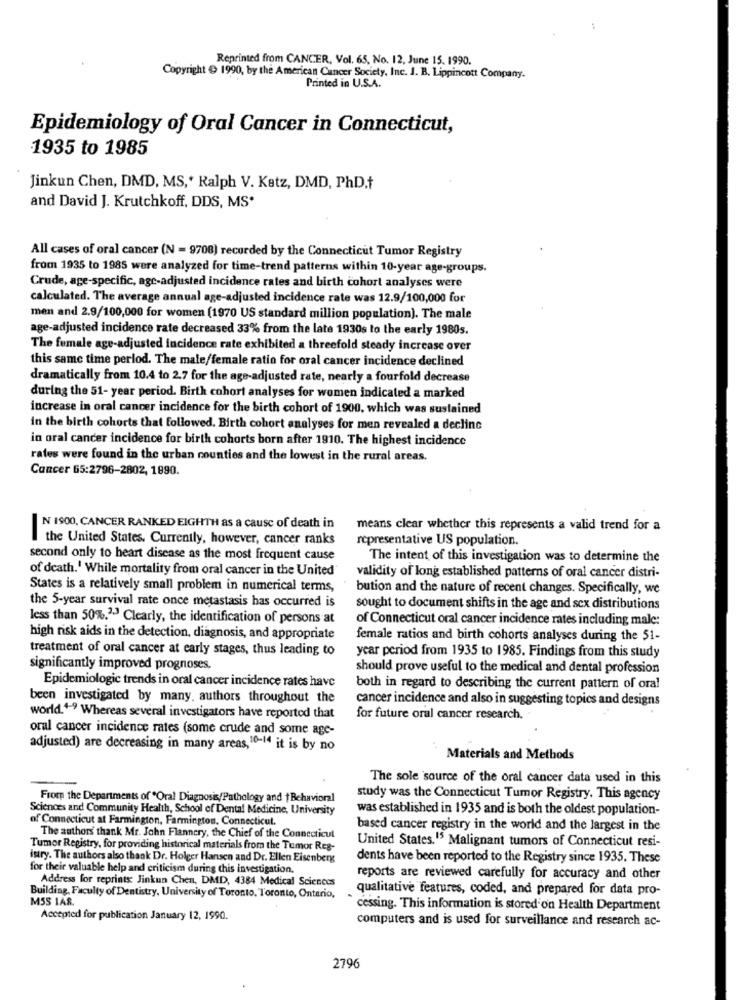
:
Reprinted from CANCER, Vol. 65. No. 12, June 15. 1990.
Copyright € 1990, by the American Cancer Society, Inc. J. B. Lippincott Company.
Printed in U.S.A.
Epidemiology of Oral Cancer in Connecticut,
1935 to 1985
Jinkun Chen, DMD, MS,' Ralph V. Katz, DMD, PhD.t
and David J. Krutchkoff, DDS, MS*
All cases of oral cancer (N = 9708) recorded by the Connecticut Tumor Registry
from 1935 to 1985 were analyzed for time-trend patterns within 10-year age-groups.
Crude, age-specific, agc-adjusted incidence rates and birth cohort analyses were
calculated. The average annual age-adjusted incidence rate was 12.9/100,000 for
men and 2.9/100,000 for women (1970 US standard million population). The male
age-adjusted incidence rate decreased 33% from the late 1930s to the early 1980s.
The female age-adjusted incidence rate exhibited a threefold steady increase over
this same time perlod. The male/female ratio for oral cancer incidence declined
dramatically from 10.4 to 2.7 for the age-adjusted rate, nearly a fourfold decrease
during the 51- year period. Birth cohort analyses for women indicated a marked
increase in oral cancer incidence for the birth cohort of 1900, which was sustained
in the birth cohorts that followed. Birth cohort analyses for men revealed a decline
in oral cancer incidence for birth cohorts born after 1910. The highest incidence
rates were found in the urban counties and the lowest in the rural areas.
Cancer 65:2796-2802, 1890.
N 1900, CANCER RANKED EIGHTH as a cause of death in
means clear whether this represents a valid trend for a
the United States. Currently, however, cancer ranks
representative US population.
second only to heart disease as the most frequent cause
The intent of this investigation was to determine the
of death.' While mortality from oral cancer in the United
validity of long established patterns of oral cancer distri-
States is a relatively small problem in numerical terms,
bution and the nature of recent changes. Specifically, we
the 5-year survival rate once metastasis has occurred is
sought to document shifts in the age and sex distributions
less than 50%.2.3 Clearly, the identification of persons at
of Connecticut oral cancer incidence rates including male:
high risk aids in the detection, diagnosis, and appropriate
female ratios and birth cohorts analyses during the 51-
treatment of oral cancer at early stages, thus leading to
year period from 1935 to 1985. Findings from this study
significantly improved prognoses.
should prove useful to the medical and dental profession
Epidemiologic trends in oral cancer incidence rates have
both in regard to describing the current pattern of oral
been investigated by many. authors throughout the
cancer incidence and also in suggesting topics and designs
world.4-9 Whereas several investigators have reported that
for future oral cancer research.
oral cancer incidence rates (some crude and some age-
adjusted) are decreasing in many areas, 10-14 it is by no
Materials and Methods
The sole source of the oral cancer data used in this
From the Departments of *Oral Diagnosis/Pathology and |Behavioral
study was the Connecticut Tumor Registry. This agency
Sciences and Community Health, School of Dental Medicine, University
was established in 1935 and is both the oldest population-
of Connecticut at Farmington, Farmington, Connecticut.
based cancer registry in the world and the largest in the
The authors thank Mr. John Flannery, the Chief of the Connecticut
United States.15 Malignant tumors of Connecticut resi-
Tumor Registry, for providing historical materials from the Tumor Reg-
istry. The authors also thank Dr. Holger Hansen and Dr. Ellen Eisenberg
dents have been reported to the Registry since 1935. These
for their valuable help and criticism during this investigation.
Address for reprints: Jinkun Chen, DMD, 4384 Medical Sciences
reports are reviewed carefully for accuracy and other
qualitative features, coded, and prepared for data pro-
Building, Faculty of Dentistry, University of Toronto. Toronto, Ontario,
MSS 1A8.
cessing. This information is stored on Health Department
Accepted for publication January 12, 1990.
computers and is used for surveillance and research ac-
2796